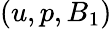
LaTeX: (u,p,B_{1})